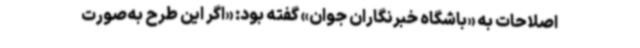
اصلاحات به «باشگاه خبرنگاران جوان» گفته بود: «اگر این طرح به‌صورت